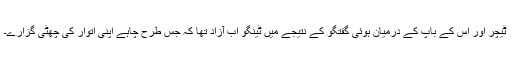
ٹیچر اور اس کے باپ کے درمیان ہوئی گفتگو کے نتیجے میں ٹینگو اب آزاد تھا کہ جس طرح چاہے اپنی اتوار کی چھٹی گزارے۔